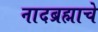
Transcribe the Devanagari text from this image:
नादब्रह्माचे